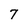
Character: 7